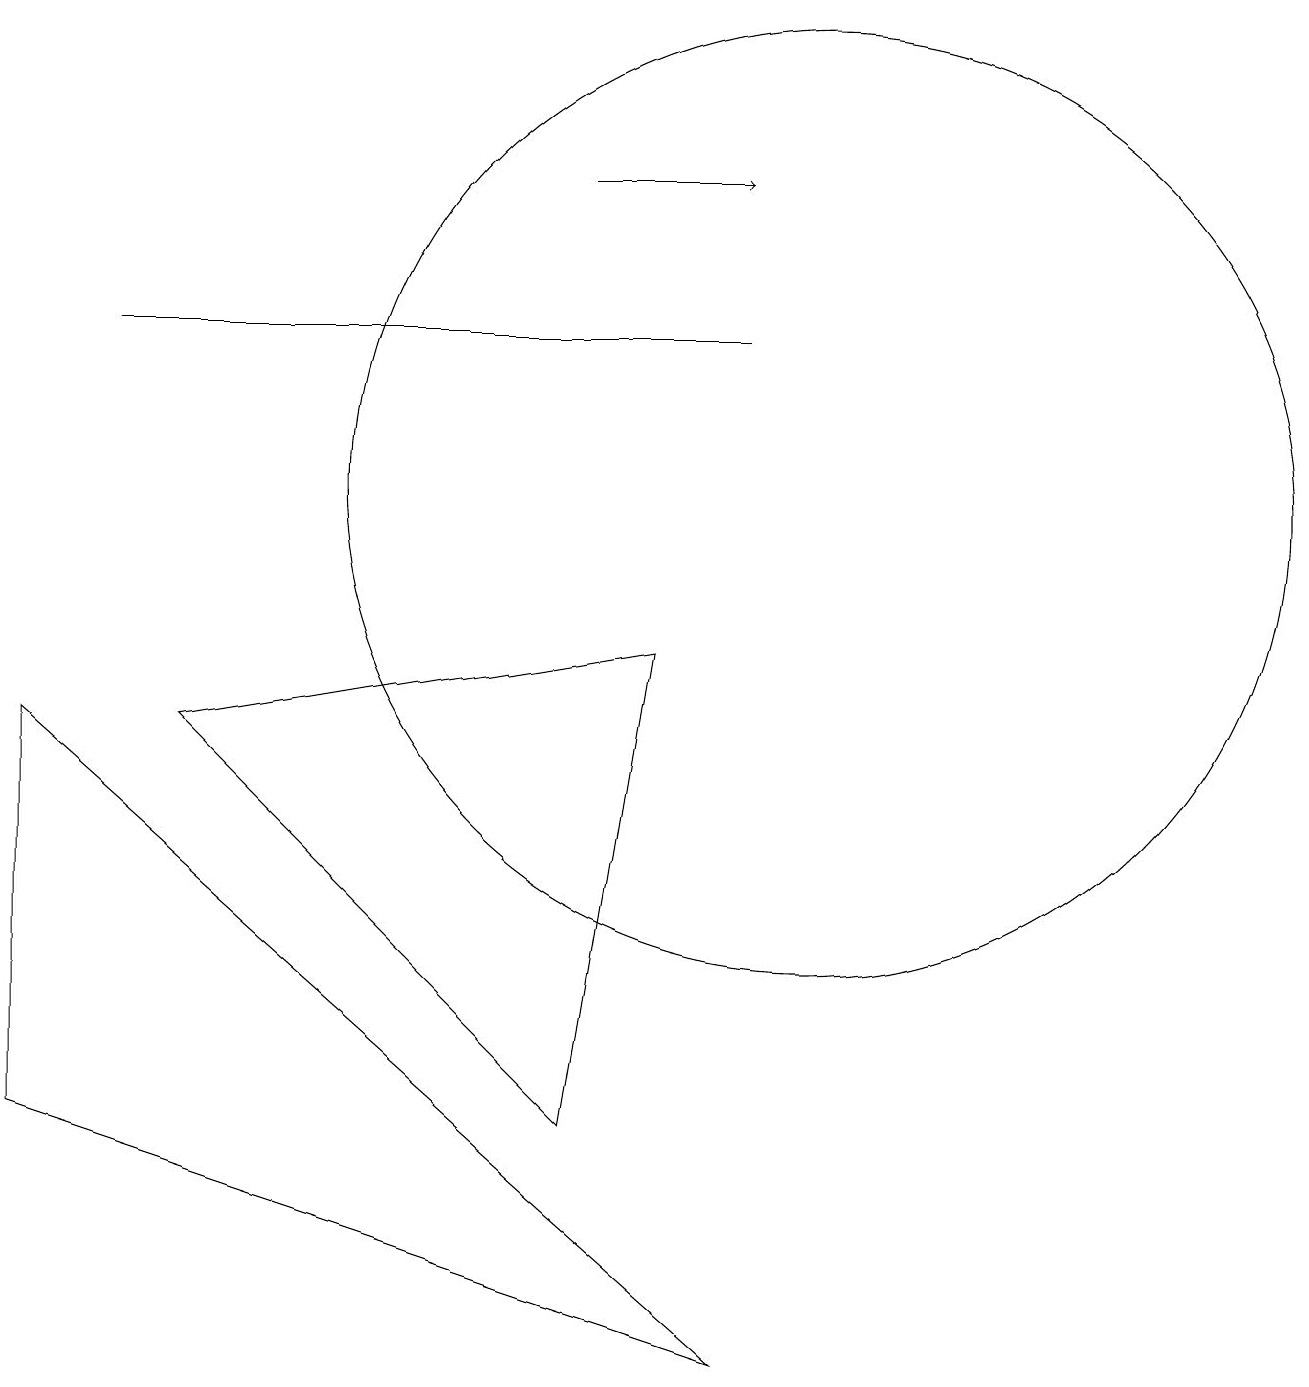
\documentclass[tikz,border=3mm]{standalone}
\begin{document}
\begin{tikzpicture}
\draw (9,0) -- (0,3) -- (0,8) -- cycle;
\draw (1,13) rectangle (9,13);
\draw (10,11) circle (6);
\draw (2,8) -- (8,9) -- (7,3) -- cycle;
\draw[->] (7,15) -- (9,15);
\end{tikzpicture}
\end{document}